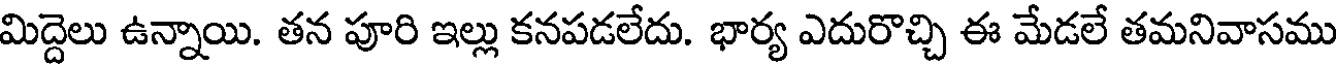
మిద్దెలు ఉన్నాయి. తన పూరి ఇల్లు కనపడలేదు. భార్య ఎదురొచ్చి ఈ మేడలే తమనివాసము